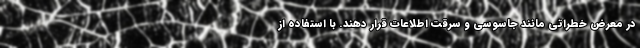
در معرض خطراتی مانند جاسوسی و سرقت اطلاعات قرار دهند. با استفاده از